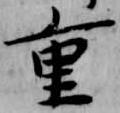
重